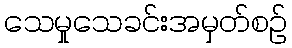
သေမှုသေခင်းအမှတ်စဉ်